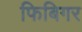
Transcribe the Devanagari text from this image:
फिबिगर